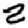
Digit: 2